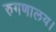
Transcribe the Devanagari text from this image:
रुगणालय।